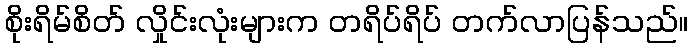
စိုးရိမ်စိတ် လှိုင်းလုံးများက တရိပ်ရိပ် တက်လာပြန်သည်။